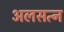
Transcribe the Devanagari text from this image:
अलसत्न